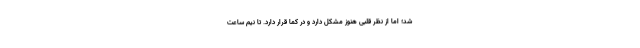
شد؛ اما از نظر قلبی هنوز مشکل دارد و در کما قرار دارد. تا نیم ساعت